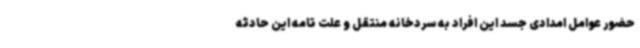
حضور عوامل امدادی جسد این افراد به سردخانه منتقل و علت تامه این حادثه